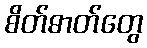
စိတ်ဓာတ်တွေ